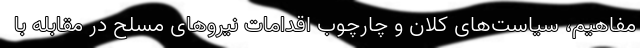
مفاهیم، سیاست‌های کلان و چارچوب اقدامات نیروهای مسلح در مقابله با